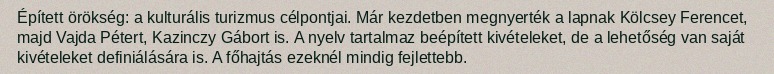
Épített örökség: a kulturális turizmus célpontjai. Már kezdetben megnyerték a lapnak Kölcsey Ferencet, majd Vajda Pétert, Kazinczy Gábort is. A nyelv tartalmaz beépített kivételeket, de a lehetőség van saját kivételeket definiálására is. A főhajtás ezeknél mindig fejlettebb.